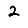
Digit: 2